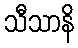
သီသာနိ